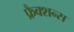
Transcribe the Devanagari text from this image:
फ्रैक्शन्स